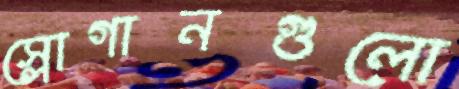
স্লোগানগুলো